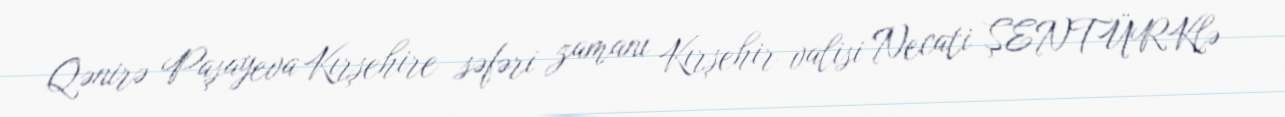
Qənirə Paşayeva Kırşehire səfəri zamanı Kırşehir valisi Necati ŞENTÜRKlə